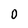
Character: 0